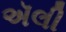
ઍલી